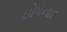
ઘોષનાદ